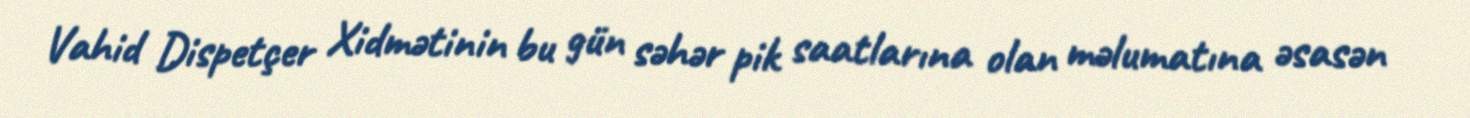
Vahid Dispetçer Xidmətinin bu gün səhər pik saatlarına olan məlumatına əsasən